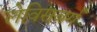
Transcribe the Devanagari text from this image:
लेविसबर्ग